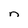
Character: n